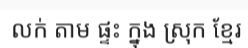
លក់ តាម ផ្ទះ ក្នុង ស្រុក ខ្មែរ